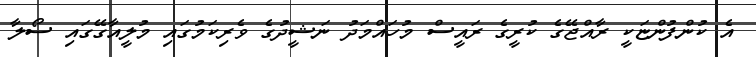
އެ ކުންފުންޏަކީ ރާއްޖޭގެ ކުރީގެ ރައީސް މުހައްމަދު ނަޝީދުގެ ވެރިކަމުގައި މުލީއާގޭގައި ސޯލާ